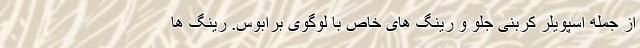
از جمله اسپویلر کربنی جلو و رینگ های خاص با لوگوی برابوس. رینگ ها